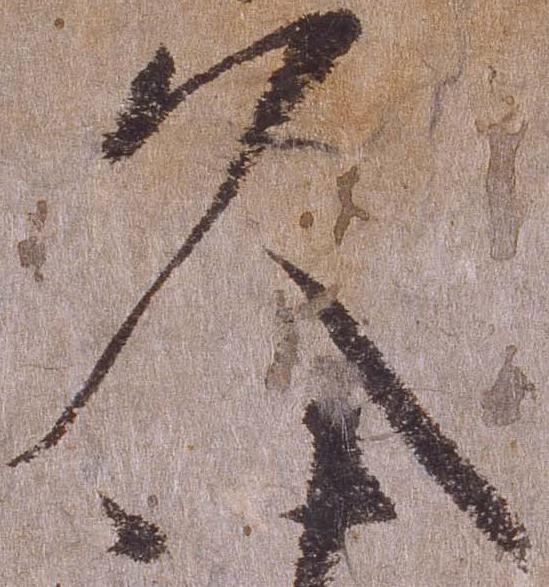
久